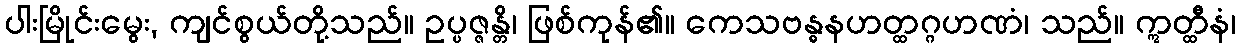
ပါးမြိုင်းမွေး, ကျင်စွယ်တို့သည်။ ဥပ္ပဇ္ဇန္တိ၊ ဖြစ်ကုန်၏။ ကေသဗန္ဓနဟတ္ထဂ္ဂဟဏံ၊ သည်။ ဣတ္ထီနံ၊